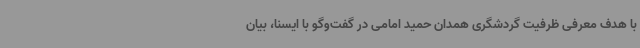
با هدف معرفی ظرفیت گردشگری همدان حمید امامی در گفت‌وگو با ایسنا، بیان